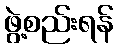
ဖွဲ့စည်းရန်